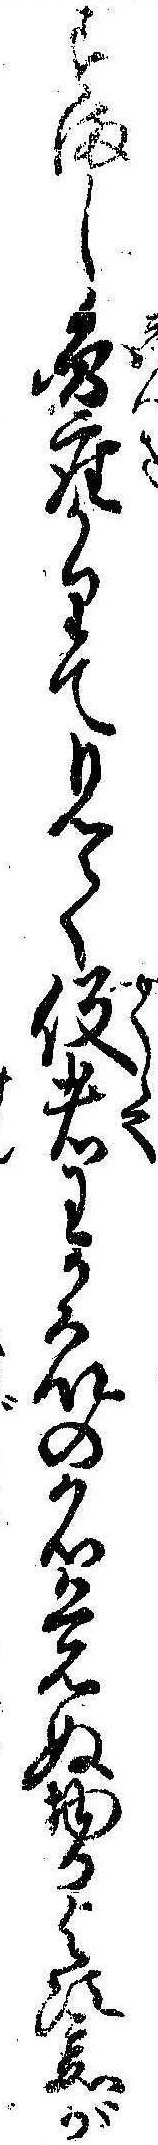
すまし円座かりて見て役者わか衆の名覚ぬ物か与次兵衛が